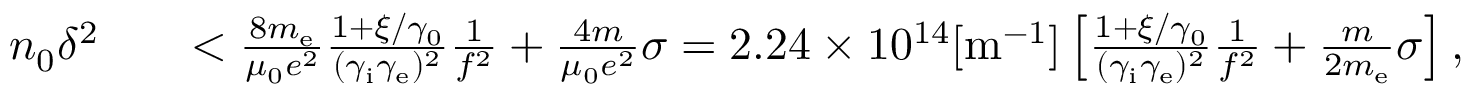
\begin{array} { r l r } { n _ { 0 } \delta ^ { 2 } } & { } & { < \frac { 8 m _ { \mathrm { e } } } { \mu _ { 0 } e ^ { 2 } } \frac { 1 + \xi / \gamma _ { 0 } } { ( \gamma _ { \mathrm { i } } \gamma _ { \mathrm { e } } ) ^ { 2 } } \frac { 1 } { f ^ { 2 } } + \frac { 4 m } { \mu _ { 0 } e ^ { 2 } } \sigma = 2 . 2 4 \times 1 0 ^ { 1 4 } \mathrm { [ m ^ { - 1 } ] } \left[ \frac { 1 + \xi / \gamma _ { 0 } } { ( \gamma _ { \mathrm { i } } \gamma _ { \mathrm { e } } ) ^ { 2 } } \frac { 1 } { f ^ { 2 } } + \frac { m } { 2 m _ { \mathrm { e } } } \sigma \right] , } \end{array}